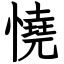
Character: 憢